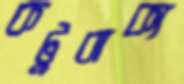
কটুবাক্য